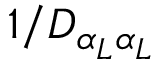
1 / D _ { \alpha _ { L } \alpha _ { L } }